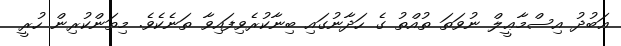
ޢަބުދު އިސްމާޢީލް ނުވަތަ ތުއްތު ގެ ހަދާނުގައި ބިނާކުރެވިފައިވާ ތަނެކެވެ. މިތަންކުރިން ހުރީ